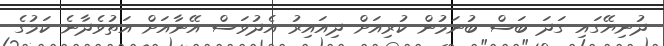
ދުނިޔޭގައި ގަދަ ބަސް ބުނަމުން ކުރިއަށް ދިއައިރު އެދުވަސް އޭނާއަށް އަތުވެދާނެ ކަމުގެ